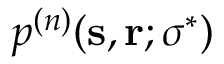
p ^ { ( n ) } ( \mathbf { s } , \mathbf { r } ; \boldsymbol { \sigma } ^ { \ast } )